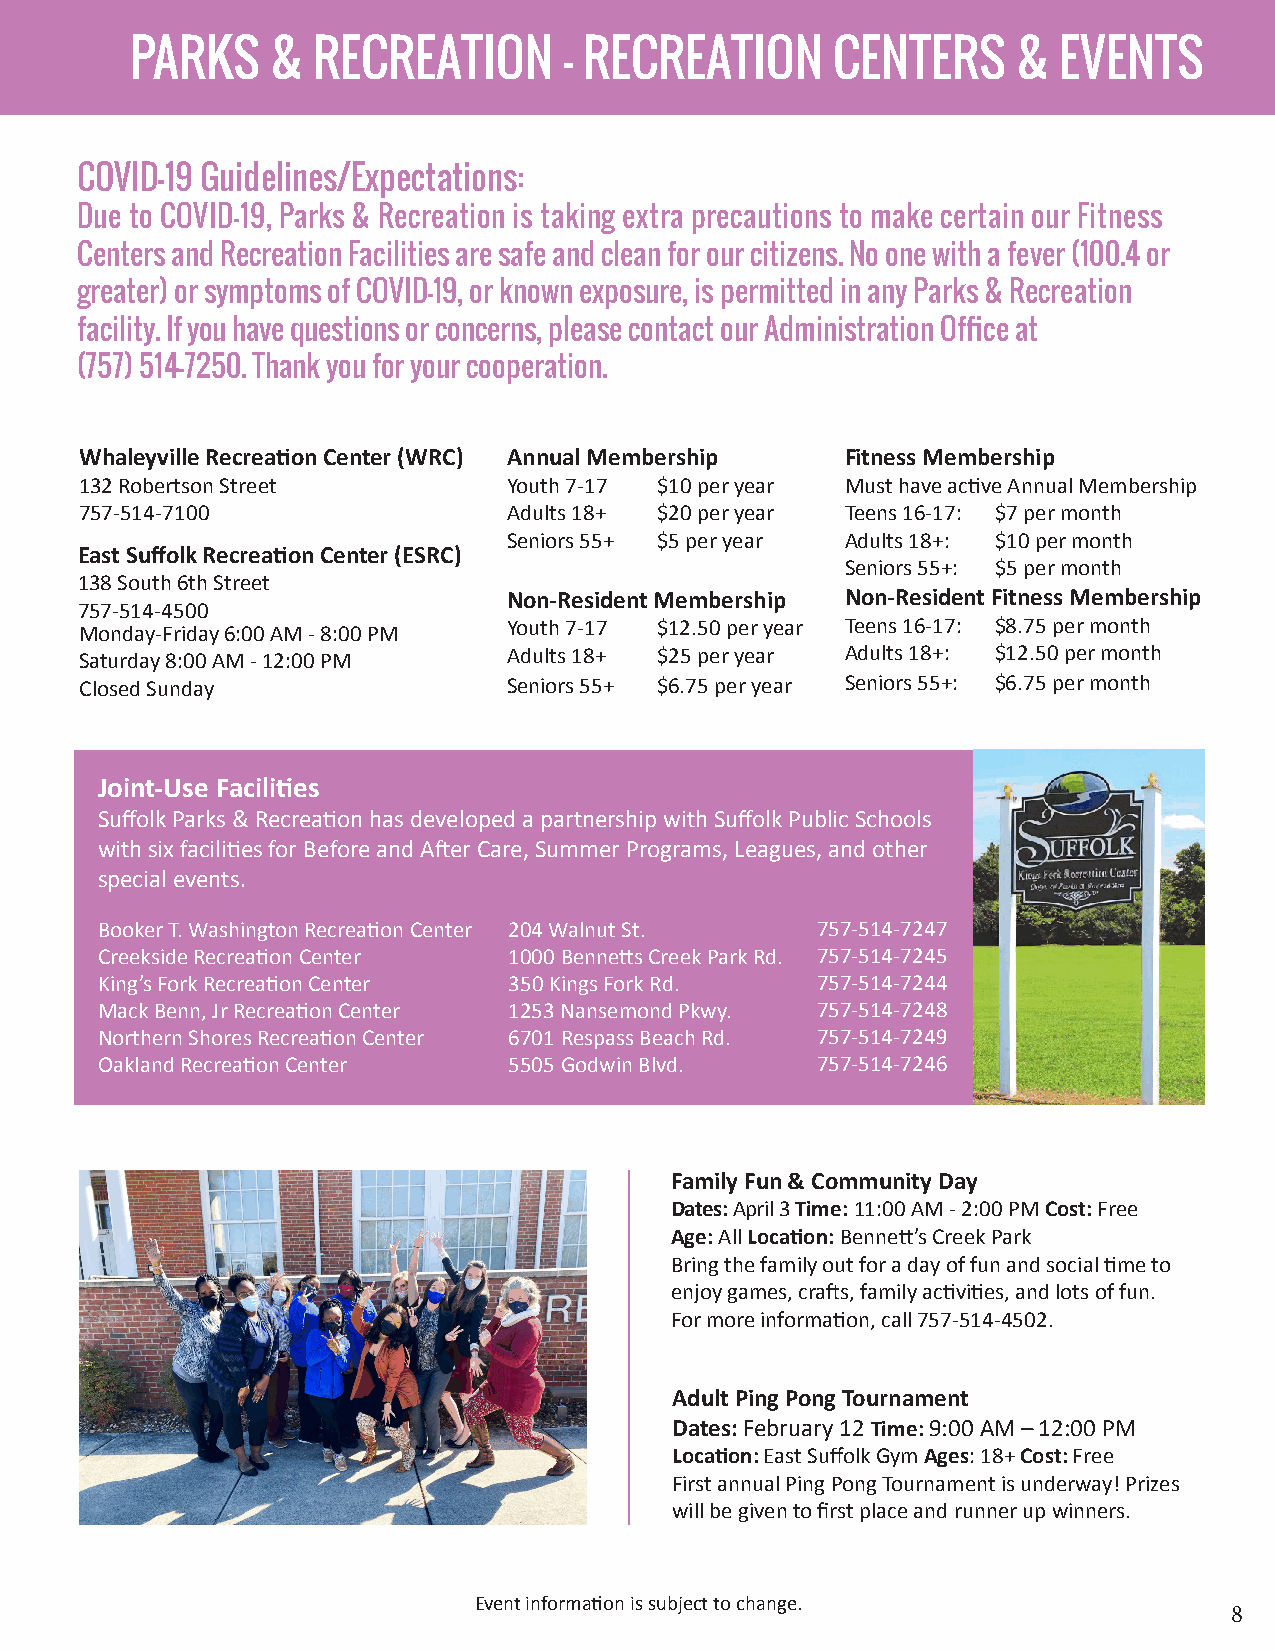
PARKS    &  RECREATION      - RECREATION      CENTERS     &  EVENTS
 COVID-19 Guidelines/Expectations:
 Due to COVID-19, Parks & Recreation is taking extra precautions to make certain our Fitness
 Centers and Recreation Facilities are safe and clean for our citizens. No one with a fever (100.4 or
 greater) or symptoms of COVID-19, or known exposure, is permitted in any Parks & Recreation
 facility. If you have questions or concerns, please contact our Administration Office at
 (757) 514-7250. Thank you for your cooperation.
 Whaleyville Recreation Center (WRC) Annual Membership Fitness Membership
 132 Robertson Street         Youth 7-17 $10 per year Must have active Annual Membership
 757-514-7100                 Adults 18+ $20 per year Teens 16-17: $7 per month
 Seniors 55+ $5 per year Adults 18+: $10 per month
 East Suffolk Recreation Center (ESRC)
 Seniors 55+: $5 per month
 138 South 6th Street
 Non-Resident Membership Non-Resident Fitness Membership
 757-514-4500
 Monday-Friday 6:00 AM - 8:00 PM Youth 7-17 $12.50 per year Teens 16-17: $8.75 per month
 Saturday 8:00 AM - 12:00 PM  Adults 18+ $25 per year Adults 18+: $12.50 per month
 Closed Sunday                Seniors 55+ $6.75 per year Seniors 55+: $6.75 per month
 Joint-Use Facilities
 Suffolk Parks & Recreation has developed a partnership with Suffolk Public Schools
 with six facilities for Before and After Care, Summer Programs, Leagues, and other
 special events.
 Booker T. Washington Recreation Center 204 Walnut St. 757-514-7247
 Creekside Recreation Center 1000 Bennetts Creek Park Rd. 757-514-7245
 King’s Fork Recreation Center 350 Kings Fork Rd. 757-514-7244
 Mack Benn, Jr Recreation Center 1253 Nansemond Pkwy. 757-514-7248
 Northern Shores Recreation Center 6701 Respass Beach Rd. 757-514-7249
 Oakland Recreation Center   5505 Godwin Blvd.   757-514-7246
 Family Fun & Community Day
 Dates: April 3 Time: 11:00 AM - 2:00 PM Cost: Free
 Age: All Location: Bennett’s Creek Park
 Bring the family out for a day of fun and social time to
 enjoy games, crafts, family activities, and lots of fun.
 For more information, call 757-514-4502.
 Adult Ping Pong Tournament
 Dates: February 12 Time: 9:00 AM – 12:00 PM
 Location: East Suffolk Gym Ages: 18+ Cost: Free
 First annual Ping Pong Tournament is underway! Prizes
 will be given to first place and runner up winners.
 Event information is subject to change.
 8